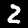
Digit: 2